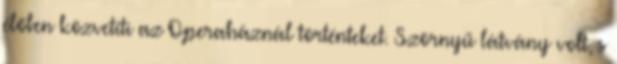
élőben közvetíti az Operaháznál történteket. Szörnyű látvány volt, s